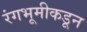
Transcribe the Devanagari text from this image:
रंगभूमीकडून